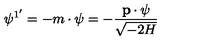
\psi ^ { 1 ^ { \prime } } = - m \cdot \psi = - \frac { { \bf p \cdot \psi } } { \sqrt { - 2 H } }